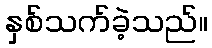
နှစ်သက်ခဲ့သည်။